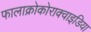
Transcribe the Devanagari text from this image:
फालाक्रोकोराक्वाइडिया